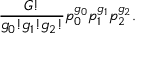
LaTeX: \frac { G ! } { g _ { 0 } ! g _ { 1 } ! g _ { 2 } ! } p _ { 0 } ^ { g _ { 0 } } p _ { 1 } ^ { g _ { 1 } } p _ { 2 } ^ { g _ { 2 } } .